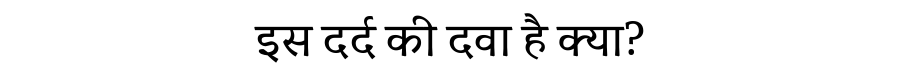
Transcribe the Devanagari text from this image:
इस दर्द की दवा है क्या?